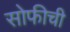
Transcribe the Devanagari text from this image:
सोफीची